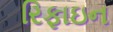
રિફાઇન